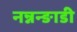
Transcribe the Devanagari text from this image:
नन्नन्ङाडी